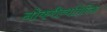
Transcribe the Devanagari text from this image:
नोकरीव्यतिरिक्त